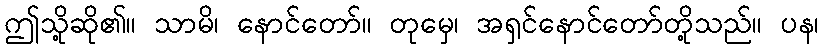
ဤသို့ဆို၏။ သာမိ၊ နောင်တော်။ တုမှေ၊ အရှင်နောင်တော်တို့သည်။ ပန၊